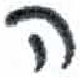
אות: ה